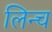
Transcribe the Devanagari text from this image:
लिन्च